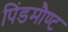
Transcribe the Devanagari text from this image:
पिंडमौण्ट